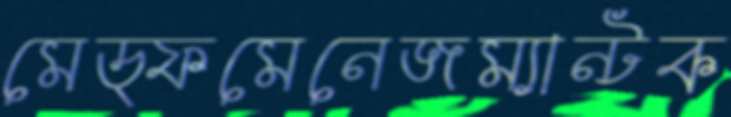
মেড্ফমেনেজম্যান্টক